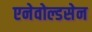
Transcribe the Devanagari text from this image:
एनेवोल्डसेन